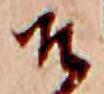
そ